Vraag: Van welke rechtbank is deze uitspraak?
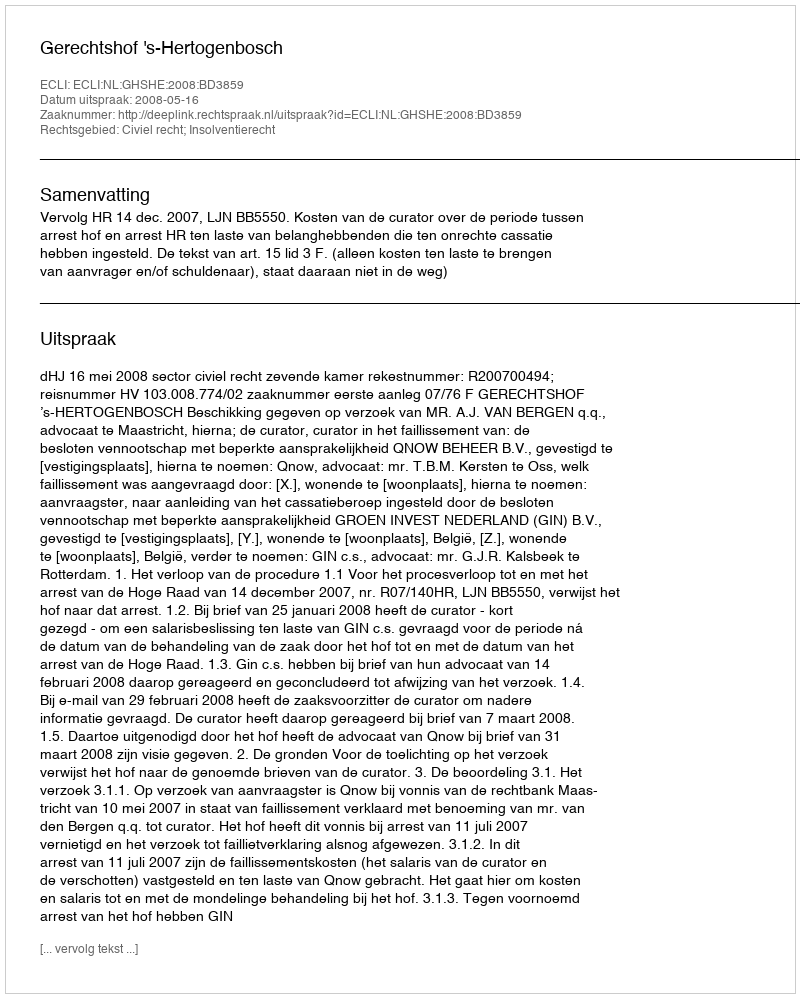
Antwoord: Gerechtshof 's-Hertogenbosch